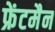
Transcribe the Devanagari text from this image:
फ्रेंटमैन